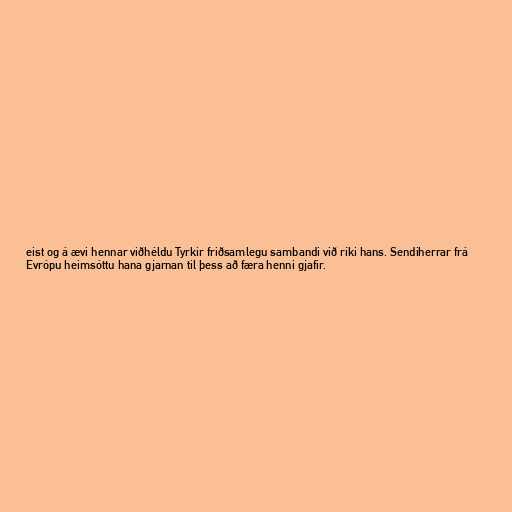
eist og á ævi hennar viðhéldu Tyrkir friðsamlegu sambandi við ríki hans. Sendiherrar frá
Evrópu heimsóttu hana gjarnan til þess að færa henni gjafir.